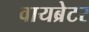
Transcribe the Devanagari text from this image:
वायब्रेटर